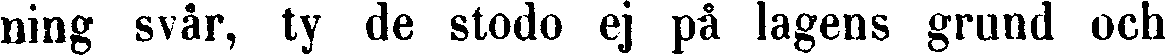
ning svår, ty de stodo ej på lagens grund och